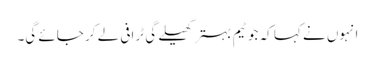
انہوں نے کہا کہ جو ٹیم بہتر کھیلے گی ٹرافی لے کر جائے گی۔